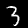
Label: 3